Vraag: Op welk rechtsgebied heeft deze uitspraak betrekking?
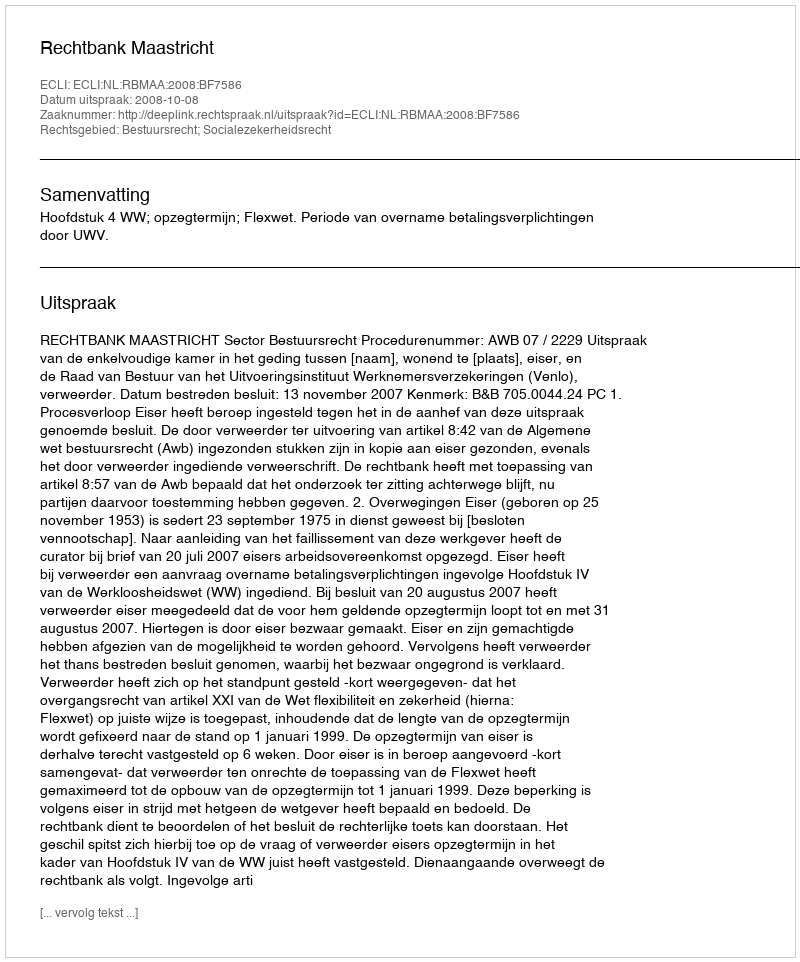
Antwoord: Bestuursrecht; Socialezekerheidsrecht